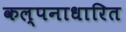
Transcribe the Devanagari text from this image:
कल्पनाधारित